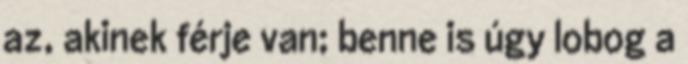
az, akinek férje van; benne is úgy lobog a